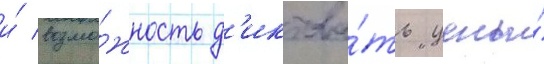
и́ возмо́жность д'иктова́ть цены́